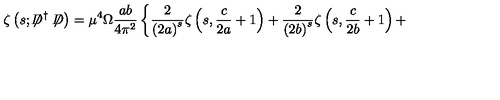
\zeta \left( s ; \not \! \! D ^ { \dag } \not \! \! D \right) = { \mu } ^ { 4 } \Omega \frac { a b } { 4 { \pi } ^ { 2 } } \left\{ \frac { 2 } { \left( 2 a \right) ^ { s } } \zeta \left( s , \frac { c } { 2 a } + 1 \right) + \frac { 2 } { \left( 2 b \right) ^ { s } } \zeta \left( s , \frac { c } { 2 b } + 1 \right) + \right.